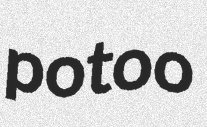
potoo